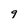
Character: 9